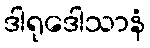
ဒါရုဒေါသာနံ